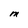
Character: M